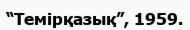
“Темірқазық”, 1959.